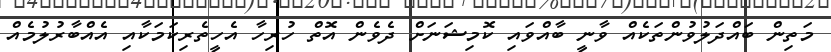
މަތިން ބައްދަލުވުންތަކެއް ވާނީ ބާއްވައި ކޮމިޝަނަށް ދެވެން އޮތް ހުރިހާ އެހީތެރިކަމަކާއި އެއްބާރުލުމެއް